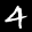
Label: 4